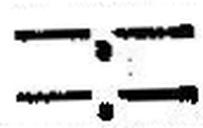
—.—